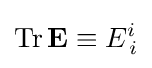
\mathrm {Tr} \,\mathbf {E} \equiv E_{\,i}^{i}